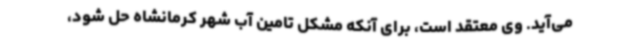
می‌آید. وی معتقد است، برای آنکه مشکل تامین آب شهر کرمانشاه حل شود،